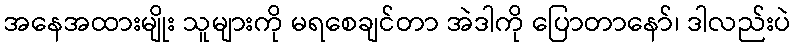
အနေအထားမျိုး သူများကို မရစေချင်တာ အဲဒါကို ပြောတာနော်၊ ဒါလည်းပဲ